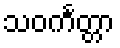
သဝင်္ကတ္တာ